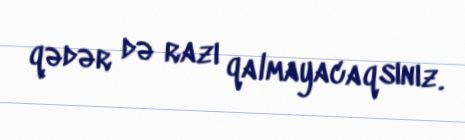
qədər də razı qalmayacaqsınız.